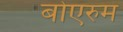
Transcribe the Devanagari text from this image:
बोएरुम